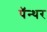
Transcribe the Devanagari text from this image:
पॅन्थर